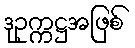
ဒုဥက္ကဋ္ဌအဖြစ်